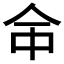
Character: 𠇭